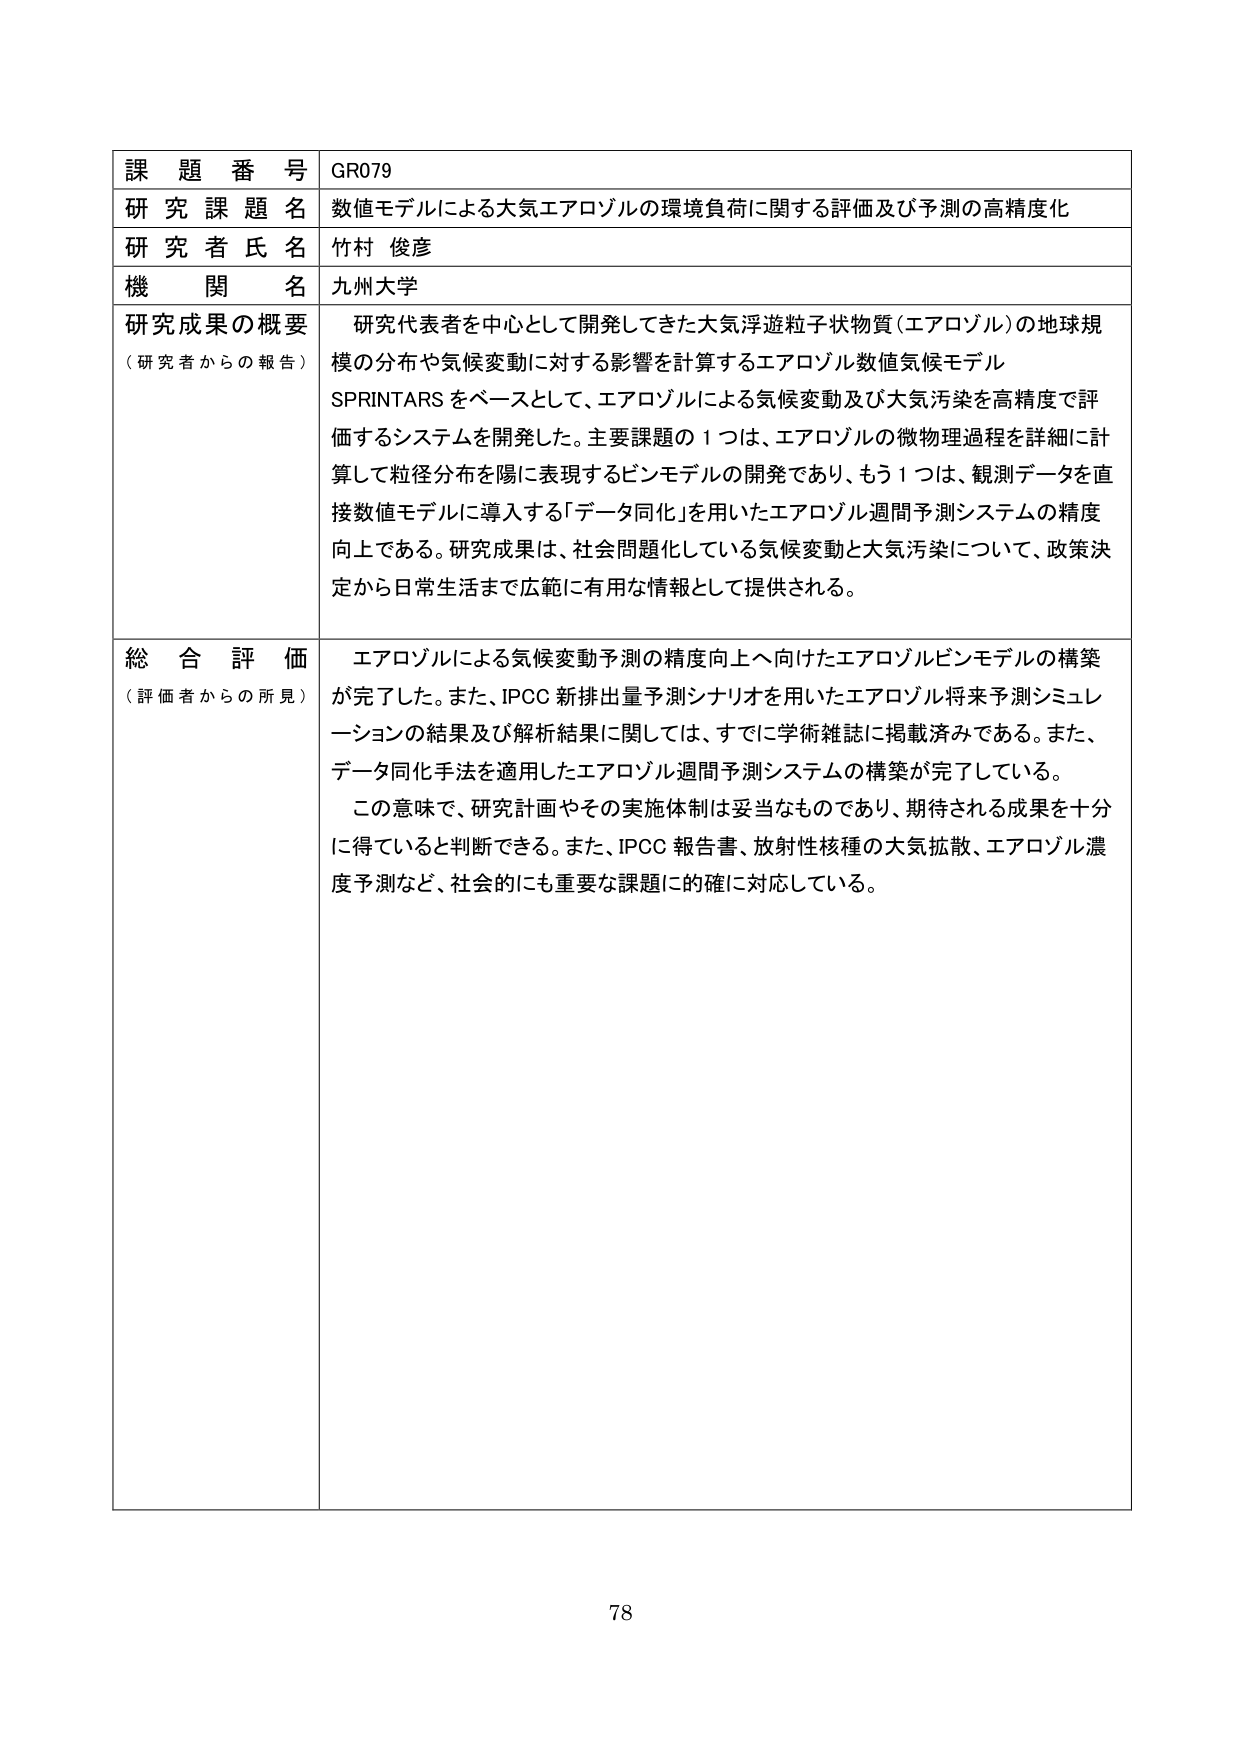
課題番号 GR079
研究課題名 数値モデルによる大気エアロゾルの環境負荷に関する評価及び予測の高精度化
研究者氏名 竹村 俊彦
機関名 九州大学
研究成果の概要 （研究者からの報告） 研究代表者を中心として開発してきた大気浮遊粒子状物質（エアロゾル）の地球規模の分布や気候変動に対する影響を計算するエアロゾル数値気候モデル SPRINTARS をベースとして、エアロゾルによる気候変動及び大気汚染を高精度で評価するシステムを開発した。主要課題の１つは、エアロゾルの微物理過程を詳細に計算して粒径分布を陽に表現するビンモデルの開発であり、もう１つは、観測データを直接数値モデルに導入する「データ同化」を用いたエアロゾル週間予測システムの精度向上である。研究成果は、社会問題化している気候変動と大気汚染について、政策決定から日常生活まで広範に有用な情報として提供される。
総合評価 （評価者からの所見） エアロゾルによる気候変動予測の精度向上へ向けたエアロゾルビンモデルの構築が完了した。また、IPCC 新排出量予測シナリオを用いたエアロゾル将来予測シミュレーションの結果及び解析結果に関しては、すでに学術雑誌に掲載済みである。また、データ同化手法を適用したエアロゾル週間予測システムの構築が完了している。 この意味で、研究計画やその実施体制は妥当なものであり、期待される成果を十分に得ていると判断できる。また、IPCC 報告書、放射性核種の大気拡散、エアロゾル濃度予測など、社会的にも重要な課題に的確に対応している。
78